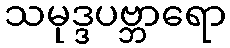
သမုဒ္ဒပဗ္ဘာရော